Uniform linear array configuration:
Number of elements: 8
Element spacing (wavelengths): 0.5
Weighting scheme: kaiser
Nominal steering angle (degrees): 30
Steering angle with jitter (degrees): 29.435
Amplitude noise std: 0.05
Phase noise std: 0.05

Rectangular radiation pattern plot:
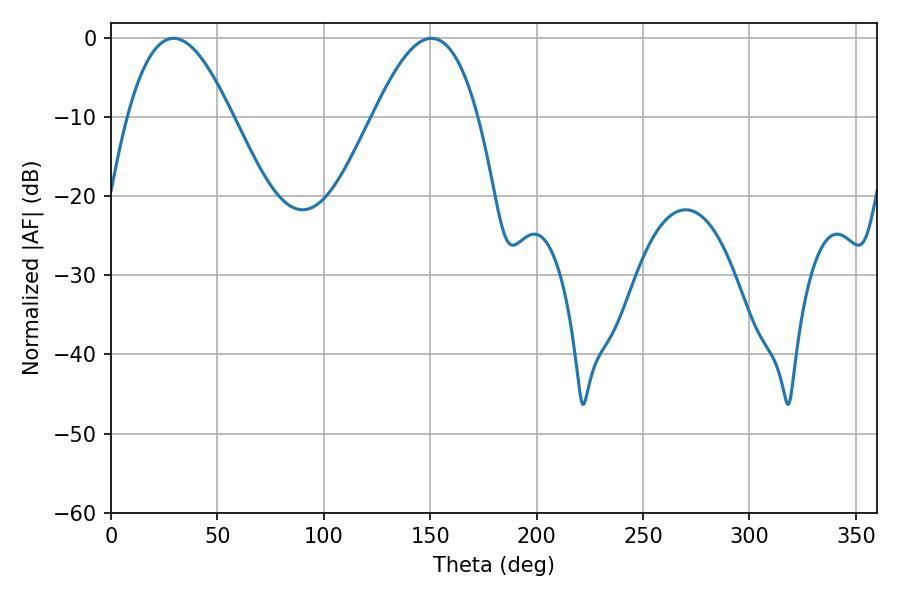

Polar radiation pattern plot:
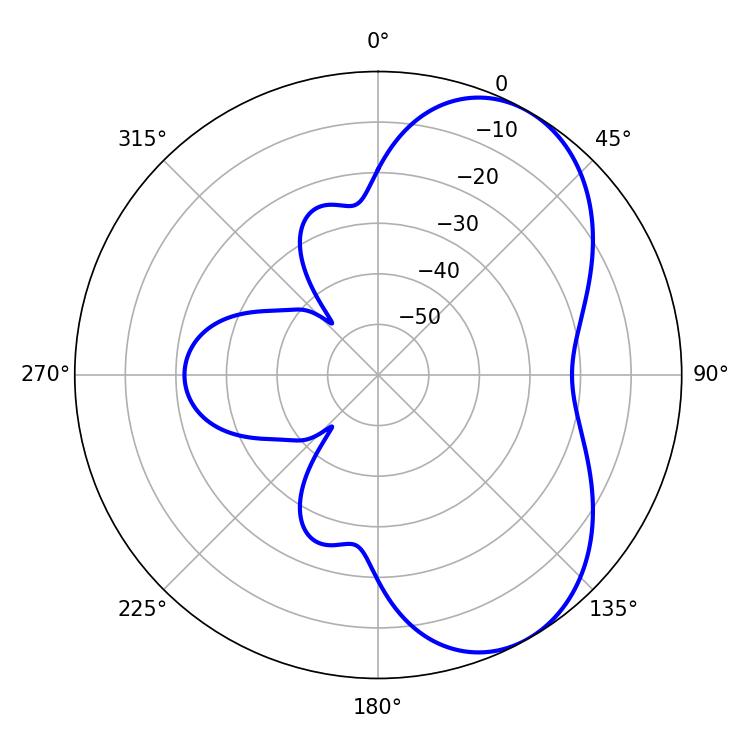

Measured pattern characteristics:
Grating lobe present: FALSE
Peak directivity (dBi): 5.84
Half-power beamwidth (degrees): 26.82
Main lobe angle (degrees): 29.34